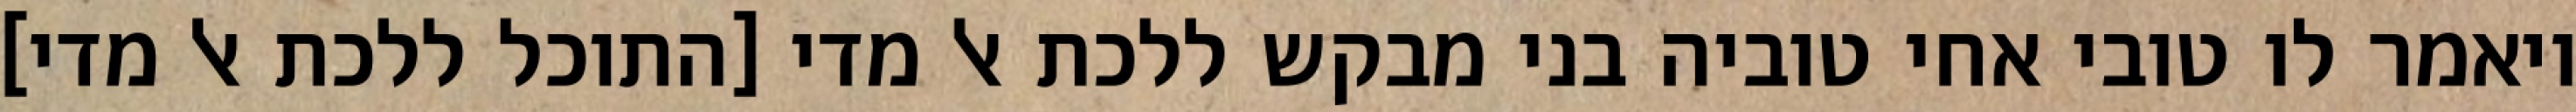
ויאמר לו טובי אחי טוביה בני מבקש ללכת אל מדי [התוכל ללכת אל מדי]